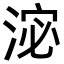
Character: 淧